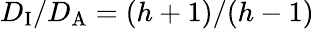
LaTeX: D_{\mathrm{I}}/D_{\mathrm{A}}=(h+1)/(h-1)